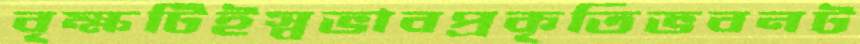
বৃক্ষটিইস্বভাবপ্রকৃতিভবনট